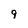
Character: g